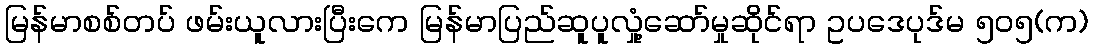
မြန်မာစစ်တပ် ဖမ်းယူလားပြီးကေ မြန်မာပြည်ဆူပူလှုံ့ဆော်မှုဆိုင်ရာ ဥပဒေပုဒ်မ ၅၀၅(က)